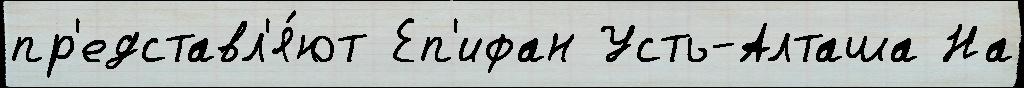
пр'едставл'я́ют Еп'ифан Усть-Алташа На